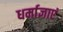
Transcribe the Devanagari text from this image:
धर्माज्ञाएं